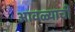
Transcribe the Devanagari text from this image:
आवळ्याची